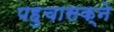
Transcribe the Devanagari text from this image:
पहुचासक्ने